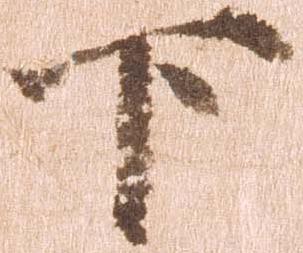
下